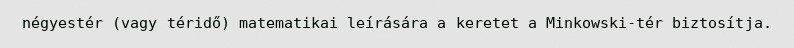
négyestér (vagy téridő) matematikai leírására a keretet a Minkowski-tér biztosítja.